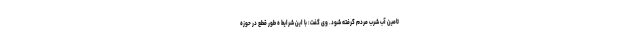
تامین آب شرب مردم گرفته شود. وی گفت: با این شرایط ه طور قطع در حوزه